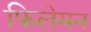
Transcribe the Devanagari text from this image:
फिलेमन